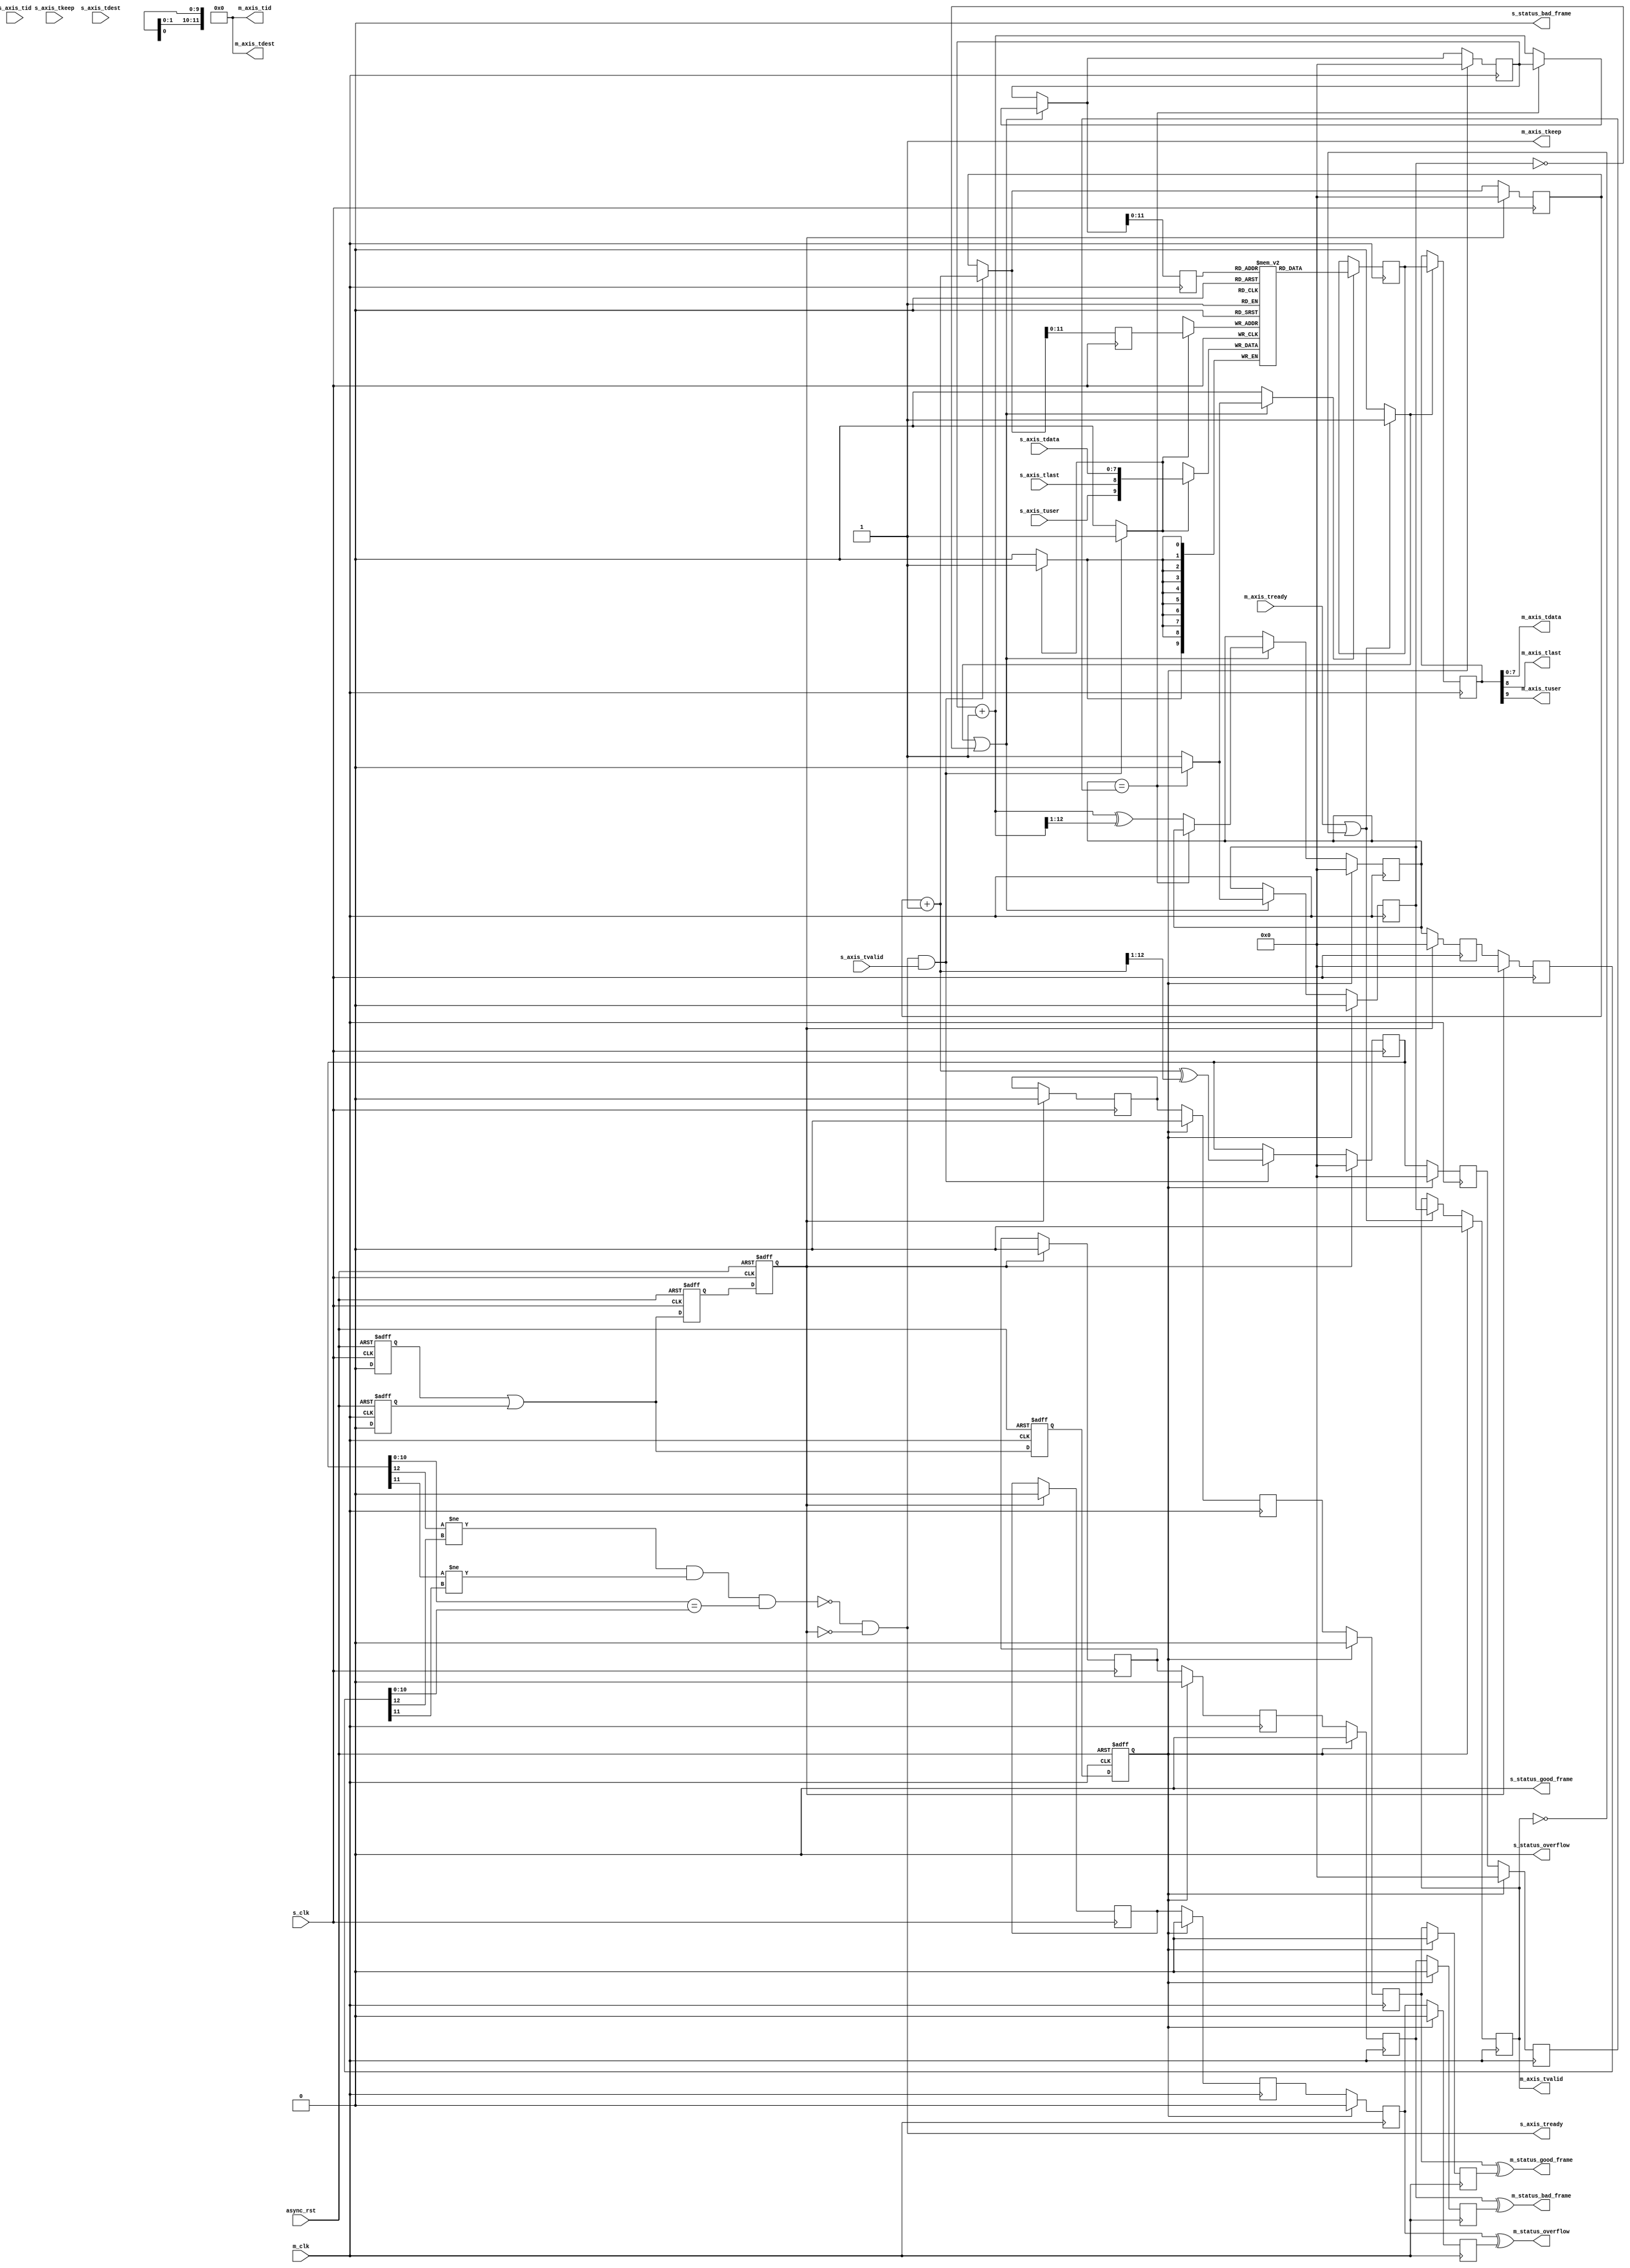
/*

Copyright (c) 2014-2018 Alex Forencich

Permission is hereby granted, free of charge, to any person obtaining a copy
of this software and associated documentation files (the "Software"), to deal
in the Software without restriction, including without limitation the rights
to use, copy, modify, merge, publish, distribute, sublicense, and/or sell
copies of the Software, and to permit persons to whom the Software is
furnished to do so, subject to the following conditions:

The above copyright notice and this permission notice shall be included in
all copies or substantial portions of the Software.

THE SOFTWARE IS PROVIDED "AS IS", WITHOUT WARRANTY OF ANY KIND, EXPRESS OR
IMPLIED, INCLUDING BUT NOT LIMITED TO THE WARRANTIES OF MERCHANTABILITY
FITNESS FOR A PARTICULAR PURPOSE AND NONINFRINGEMENT. IN NO EVENT SHALL THE
AUTHORS OR COPYRIGHT HOLDERS BE LIABLE FOR ANY CLAIM, DAMAGES OR OTHER
LIABILITY, WHETHER IN AN ACTION OF CONTRACT, TORT OR OTHERWISE, ARISING FROM,
OUT OF OR IN CONNECTION WITH THE SOFTWARE OR THE USE OR OTHER DEALINGS IN
THE SOFTWARE.

*/

// Language: Verilog 2001

`timescale 1ns / 1ps

/*
 * AXI4-Stream asynchronous FIFO
 */
module axis_async_fifo #
(
    // FIFO depth in words
    // KEEP_WIDTH words per cycle if KEEP_ENABLE set
    // Rounded up to nearest power of 2 cycles
    parameter DEPTH = 4096,
    // Width of AXI stream interfaces in bits
    parameter DATA_WIDTH = 8,
    // Propagate tkeep signal
    // If disabled, tkeep assumed to be 1'b1
    parameter KEEP_ENABLE = (DATA_WIDTH>8),
    // tkeep signal width (words per cycle)
    parameter KEEP_WIDTH = (DATA_WIDTH/8),
    // Propagate tlast signal
    parameter LAST_ENABLE = 1,
    // Propagate tid signal
    parameter ID_ENABLE = 0,
    // tid signal width
    parameter ID_WIDTH = 8,
    // Propagate tdest signal
    parameter DEST_ENABLE = 0,
    // tdest signal width
    parameter DEST_WIDTH = 8,
    // Propagate tuser signal
    parameter USER_ENABLE = 1,
    // tuser signal width
    parameter USER_WIDTH = 1,
    // Frame FIFO mode - operate on frames instead of cycles
    // When set, m_axis_tvalid will not be deasserted within a frame
    // Requires LAST_ENABLE set
    parameter FRAME_FIFO = 0,
    // tuser value for bad frame marker
    parameter USER_BAD_FRAME_VALUE = 1'b1,
    // tuser mask for bad frame marker
    parameter USER_BAD_FRAME_MASK = 1'b1,
    // Drop frames marked bad
    // Requires FRAME_FIFO set
    parameter DROP_BAD_FRAME = 0,
    // Drop incoming frames when full
    // When set, s_axis_tready is always asserted
    // Requires FRAME_FIFO set
    parameter DROP_WHEN_FULL = 0
)
(
    /*
     * Common asynchronous reset
     */
    input  wire                   async_rst,

    /*
     * AXI input
     */
    input  wire                   s_clk,
    input  wire [DATA_WIDTH-1:0]  s_axis_tdata,
    input  wire [KEEP_WIDTH-1:0]  s_axis_tkeep,
    input  wire                   s_axis_tvalid,
    output wire                   s_axis_tready,
    input  wire                   s_axis_tlast,
    input  wire [ID_WIDTH-1:0]    s_axis_tid,
    input  wire [DEST_WIDTH-1:0]  s_axis_tdest,
    input  wire [USER_WIDTH-1:0]  s_axis_tuser,

    /*
     * AXI output
     */
    input  wire                   m_clk,
    output wire [DATA_WIDTH-1:0]  m_axis_tdata,
    output wire [KEEP_WIDTH-1:0]  m_axis_tkeep,
    output wire                   m_axis_tvalid,
    input  wire                   m_axis_tready,
    output wire                   m_axis_tlast,
    output wire [ID_WIDTH-1:0]    m_axis_tid,
    output wire [DEST_WIDTH-1:0]  m_axis_tdest,
    output wire [USER_WIDTH-1:0]  m_axis_tuser,

    /*
     * Status
     */
    output wire                   s_status_overflow,
    output wire                   s_status_bad_frame,
    output wire                   s_status_good_frame,
    output wire                   m_status_overflow,
    output wire                   m_status_bad_frame,
    output wire                   m_status_good_frame
);

parameter ADDR_WIDTH = (KEEP_ENABLE && KEEP_WIDTH > 1) ? $clog2(DEPTH/KEEP_WIDTH) : $clog2(DEPTH);

// check configuration
initial begin
    if (FRAME_FIFO && !LAST_ENABLE) begin
        $error("Error: FRAME_FIFO set requires LAST_ENABLE set (instance %m)");
        $finish;
    end

    if (DROP_BAD_FRAME && !FRAME_FIFO) begin
        $error("Error: DROP_BAD_FRAME set requires FRAME_FIFO set (instance %m)");
        $finish;
    end

    if (DROP_WHEN_FULL && !FRAME_FIFO) begin
        $error("Error: DROP_WHEN_FULL set requires FRAME_FIFO set (instance %m)");
        $finish;
    end

    if (DROP_BAD_FRAME && (USER_BAD_FRAME_MASK & {USER_WIDTH{1'b1}}) == 0) begin
        $error("Error: Invalid USER_BAD_FRAME_MASK value (instance %m)");
        $finish;
    end
end

localparam KEEP_OFFSET = DATA_WIDTH;
localparam LAST_OFFSET = KEEP_OFFSET + (KEEP_ENABLE ? KEEP_WIDTH : 0);
localparam ID_OFFSET   = LAST_OFFSET + (LAST_ENABLE ? 1          : 0);
localparam DEST_OFFSET = ID_OFFSET   + (ID_ENABLE   ? ID_WIDTH   : 0);
localparam USER_OFFSET = DEST_OFFSET + (DEST_ENABLE ? DEST_WIDTH : 0);
localparam WIDTH       = USER_OFFSET + (USER_ENABLE ? USER_WIDTH : 0);

reg [ADDR_WIDTH:0] wr_ptr_reg = {ADDR_WIDTH+1{1'b0}}, wr_ptr_next;
reg [ADDR_WIDTH:0] wr_ptr_cur_reg = {ADDR_WIDTH+1{1'b0}}, wr_ptr_cur_next;
reg [ADDR_WIDTH:0] wr_ptr_gray_reg = {ADDR_WIDTH+1{1'b0}}, wr_ptr_gray_next;
reg [ADDR_WIDTH:0] wr_ptr_sync_gray_reg = {ADDR_WIDTH+1{1'b0}}, wr_ptr_sync_gray_next;
reg [ADDR_WIDTH:0] wr_ptr_cur_gray_reg = {ADDR_WIDTH+1{1'b0}}, wr_ptr_cur_gray_next;
reg [ADDR_WIDTH:0] wr_addr_reg = {ADDR_WIDTH+1{1'b0}};
reg [ADDR_WIDTH:0] rd_ptr_reg = {ADDR_WIDTH+1{1'b0}}, rd_ptr_next;
reg [ADDR_WIDTH:0] rd_ptr_gray_reg = {ADDR_WIDTH+1{1'b0}}, rd_ptr_gray_next;
reg [ADDR_WIDTH:0] rd_addr_reg = {ADDR_WIDTH+1{1'b0}};

reg [ADDR_WIDTH:0] wr_ptr_gray_sync1_reg = {ADDR_WIDTH+1{1'b0}};
reg [ADDR_WIDTH:0] wr_ptr_gray_sync2_reg = {ADDR_WIDTH+1{1'b0}};
reg [ADDR_WIDTH:0] rd_ptr_gray_sync1_reg = {ADDR_WIDTH+1{1'b0}};
reg [ADDR_WIDTH:0] rd_ptr_gray_sync2_reg = {ADDR_WIDTH+1{1'b0}};

reg wr_ptr_update_valid_reg = 1'b0, wr_ptr_update_valid_next;
reg wr_ptr_update_reg = 1'b0, wr_ptr_update_next;
reg wr_ptr_update_sync1_reg = 1'b0;
reg wr_ptr_update_sync2_reg = 1'b0;
reg wr_ptr_update_sync3_reg = 1'b0;
reg wr_ptr_update_ack_sync1_reg = 1'b0;
reg wr_ptr_update_ack_sync2_reg = 1'b0;

reg s_rst_sync1_reg = 1'b1;
reg s_rst_sync2_reg = 1'b1;
reg s_rst_sync3_reg = 1'b1;
reg m_rst_sync1_reg = 1'b1;
reg m_rst_sync2_reg = 1'b1;
reg m_rst_sync3_reg = 1'b1;

reg [WIDTH-1:0] mem[(2**ADDR_WIDTH)-1:0];
reg [WIDTH-1:0] mem_read_data_reg;
reg mem_read_data_valid_reg = 1'b0, mem_read_data_valid_next;

wire [WIDTH-1:0] s_axis;

reg [WIDTH-1:0] m_axis_reg;
reg m_axis_tvalid_reg = 1'b0, m_axis_tvalid_next;

// full when first TWO MSBs do NOT match, but rest matches
// (gray code equivalent of first MSB different but rest same)
wire full = ((wr_ptr_gray_reg[ADDR_WIDTH] != rd_ptr_gray_sync2_reg[ADDR_WIDTH]) &&
             (wr_ptr_gray_reg[ADDR_WIDTH-1] != rd_ptr_gray_sync2_reg[ADDR_WIDTH-1]) &&
             (wr_ptr_gray_reg[ADDR_WIDTH-2:0] == rd_ptr_gray_sync2_reg[ADDR_WIDTH-2:0]));
wire full_cur = ((wr_ptr_cur_gray_reg[ADDR_WIDTH] != rd_ptr_gray_sync2_reg[ADDR_WIDTH]) &&
                 (wr_ptr_cur_gray_reg[ADDR_WIDTH-1] != rd_ptr_gray_sync2_reg[ADDR_WIDTH-1]) &&
                 (wr_ptr_cur_gray_reg[ADDR_WIDTH-2:0] == rd_ptr_gray_sync2_reg[ADDR_WIDTH-2:0]));
// empty when pointers match exactly
wire empty = rd_ptr_gray_reg == (FRAME_FIFO ? wr_ptr_gray_sync1_reg : wr_ptr_gray_sync2_reg);
// overflow within packet
wire full_wr = ((wr_ptr_reg[ADDR_WIDTH] != wr_ptr_cur_reg[ADDR_WIDTH]) &&
                (wr_ptr_reg[ADDR_WIDTH-1:0] == wr_ptr_cur_reg[ADDR_WIDTH-1:0]));

// control signals
reg write;
reg read;
reg store_output;

reg drop_frame_reg = 1'b0, drop_frame_next;
reg overflow_reg = 1'b0, overflow_next;
reg bad_frame_reg = 1'b0, bad_frame_next;
reg good_frame_reg = 1'b0, good_frame_next;

reg overflow_sync1_reg = 1'b0;
reg overflow_sync2_reg = 1'b0;
reg overflow_sync3_reg = 1'b0;
reg overflow_sync4_reg = 1'b0;
reg bad_frame_sync1_reg = 1'b0;
reg bad_frame_sync2_reg = 1'b0;
reg bad_frame_sync3_reg = 1'b0;
reg bad_frame_sync4_reg = 1'b0;
reg good_frame_sync1_reg = 1'b0;
reg good_frame_sync2_reg = 1'b0;
reg good_frame_sync3_reg = 1'b0;
reg good_frame_sync4_reg = 1'b0;

assign s_axis_tready = (FRAME_FIFO ? (!full_cur || full_wr || DROP_WHEN_FULL) : !full) && !s_rst_sync3_reg;

generate
    assign s_axis[DATA_WIDTH-1:0] = s_axis_tdata;
    if (KEEP_ENABLE) assign s_axis[KEEP_OFFSET +: KEEP_WIDTH] = s_axis_tkeep;
    if (LAST_ENABLE) assign s_axis[LAST_OFFSET]               = s_axis_tlast;
    if (ID_ENABLE)   assign s_axis[ID_OFFSET   +: ID_WIDTH]   = s_axis_tid;
    if (DEST_ENABLE) assign s_axis[DEST_OFFSET +: DEST_WIDTH] = s_axis_tdest;
    if (USER_ENABLE) assign s_axis[USER_OFFSET +: USER_WIDTH] = s_axis_tuser;
endgenerate

assign m_axis_tvalid = m_axis_tvalid_reg;

assign m_axis_tdata = m_axis_reg[DATA_WIDTH-1:0];
assign m_axis_tkeep = KEEP_ENABLE ? m_axis_reg[KEEP_OFFSET +: KEEP_WIDTH] : {KEEP_WIDTH{1'b1}};
assign m_axis_tlast = LAST_ENABLE ? m_axis_reg[LAST_OFFSET]               : 1'b1;
assign m_axis_tid   = ID_ENABLE   ? m_axis_reg[ID_OFFSET   +: ID_WIDTH]   : {ID_WIDTH{1'b0}};
assign m_axis_tdest = DEST_ENABLE ? m_axis_reg[DEST_OFFSET +: DEST_WIDTH] : {DEST_WIDTH{1'b0}};
assign m_axis_tuser = USER_ENABLE ? m_axis_reg[USER_OFFSET +: USER_WIDTH] : {USER_WIDTH{1'b0}};

assign s_status_overflow = overflow_reg;
assign s_status_bad_frame = bad_frame_reg;
assign s_status_good_frame = good_frame_reg;

assign m_status_overflow = overflow_sync3_reg ^ overflow_sync4_reg;
assign m_status_bad_frame = bad_frame_sync3_reg ^ bad_frame_sync4_reg;
assign m_status_good_frame = good_frame_sync3_reg ^ good_frame_sync4_reg;

// reset synchronization
always @(posedge s_clk or posedge async_rst) begin
    if (async_rst) begin
        s_rst_sync1_reg <= 1'b1;
        s_rst_sync2_reg <= 1'b1;
        s_rst_sync3_reg <= 1'b1;
    end else begin
        s_rst_sync1_reg <= 1'b0;
        s_rst_sync2_reg <= s_rst_sync1_reg || m_rst_sync1_reg;
        s_rst_sync3_reg <= s_rst_sync2_reg;
    end
end

always @(posedge m_clk or posedge async_rst) begin
    if (async_rst) begin
        m_rst_sync1_reg <= 1'b1;
        m_rst_sync2_reg <= 1'b1;
        m_rst_sync3_reg <= 1'b1;
    end else begin
        m_rst_sync1_reg <= 1'b0;
        m_rst_sync2_reg <= s_rst_sync1_reg || m_rst_sync1_reg;
        m_rst_sync3_reg <= m_rst_sync2_reg;
    end
end

// Write logic
always @* begin
    write = 1'b0;

    drop_frame_next = drop_frame_reg;
    overflow_next = 1'b0;
    bad_frame_next = 1'b0;
    good_frame_next = 1'b0;

    wr_ptr_next = wr_ptr_reg;
    wr_ptr_cur_next = wr_ptr_cur_reg;
    wr_ptr_gray_next = wr_ptr_gray_reg;
    wr_ptr_sync_gray_next = wr_ptr_sync_gray_reg;
    wr_ptr_cur_gray_next = wr_ptr_cur_gray_reg;

    wr_ptr_update_valid_next = wr_ptr_update_valid_reg;
    wr_ptr_update_next = wr_ptr_update_reg;

    if (FRAME_FIFO && wr_ptr_update_valid_reg) begin
        // have updated pointer to sync
        if (wr_ptr_update_next == wr_ptr_update_ack_sync2_reg) begin
            // no sync in progress; sync update
            wr_ptr_update_valid_next = 1'b0;
            wr_ptr_sync_gray_next = wr_ptr_gray_reg;
            wr_ptr_update_next = !wr_ptr_update_ack_sync2_reg;
        end
    end

    if (s_axis_tready && s_axis_tvalid) begin
        // transfer in
        if (!FRAME_FIFO) begin
            // normal FIFO mode
            write = 1'b1;
            wr_ptr_next = wr_ptr_reg + 1;
            wr_ptr_gray_next = wr_ptr_next ^ (wr_ptr_next >> 1);
        end else if (full_cur || full_wr || drop_frame_reg) begin
            // full, packet overflow, or currently dropping frame
            // drop frame
            drop_frame_next = 1'b1;
            if (s_axis_tlast) begin
                // end of frame, reset write pointer
                wr_ptr_cur_next = wr_ptr_reg;
                wr_ptr_cur_gray_next = wr_ptr_cur_next ^ (wr_ptr_cur_next >> 1);
                drop_frame_next = 1'b0;
                overflow_next = 1'b1;
            end
        end else begin
            write = 1'b1;
            wr_ptr_cur_next = wr_ptr_cur_reg + 1;
            wr_ptr_cur_gray_next = wr_ptr_cur_next ^ (wr_ptr_cur_next >> 1);
            if (s_axis_tlast) begin
                // end of frame
                if (DROP_BAD_FRAME && USER_BAD_FRAME_MASK & ~(s_axis_tuser ^ USER_BAD_FRAME_VALUE)) begin
                    // bad packet, reset write pointer
                    wr_ptr_cur_next = wr_ptr_reg;
                    wr_ptr_cur_gray_next = wr_ptr_cur_next ^ (wr_ptr_cur_next >> 1);
                    bad_frame_next = 1'b1;
                end else begin
                    // good packet, update write pointer
                    wr_ptr_next = wr_ptr_cur_reg + 1;
                    wr_ptr_gray_next = wr_ptr_next ^ (wr_ptr_next >> 1);

                    if (wr_ptr_update_next == wr_ptr_update_ack_sync2_reg) begin
                        // no sync in progress; sync update
                        wr_ptr_update_valid_next = 1'b0;
                        wr_ptr_sync_gray_next = wr_ptr_gray_next;
                        wr_ptr_update_next = !wr_ptr_update_ack_sync2_reg;
                    end else begin
                        // sync in progress; flag it for later
                        wr_ptr_update_valid_next = 1'b1;
                    end

                    good_frame_next = 1'b1;
                end
            end
        end
    end
end

always @(posedge s_clk) begin
    if (s_rst_sync3_reg) begin
        wr_ptr_reg <= {ADDR_WIDTH+1{1'b0}};
        wr_ptr_cur_reg <= {ADDR_WIDTH+1{1'b0}};
        wr_ptr_gray_reg <= {ADDR_WIDTH+1{1'b0}};
        wr_ptr_sync_gray_reg <= {ADDR_WIDTH+1{1'b0}};
        wr_ptr_cur_gray_reg <= {ADDR_WIDTH+1{1'b0}};

        wr_ptr_update_valid_reg <= 1'b0;
        wr_ptr_update_reg <= 1'b0;

        drop_frame_reg <= 1'b0;
        overflow_reg <= 1'b0;
        bad_frame_reg <= 1'b0;
        good_frame_reg <= 1'b0;
    end else begin
        wr_ptr_reg <= wr_ptr_next;
        wr_ptr_cur_reg <= wr_ptr_cur_next;
        wr_ptr_gray_reg <= wr_ptr_gray_next;
        wr_ptr_sync_gray_reg <= wr_ptr_sync_gray_next;
        wr_ptr_cur_gray_reg <= wr_ptr_cur_gray_next;

        wr_ptr_update_valid_reg <= wr_ptr_update_valid_next;
        wr_ptr_update_reg <= wr_ptr_update_next;

        drop_frame_reg <= drop_frame_next;
        overflow_reg <= overflow_next;
        bad_frame_reg <= bad_frame_next;
        good_frame_reg <= good_frame_next;
    end

    if (FRAME_FIFO) begin
        wr_addr_reg <= wr_ptr_cur_next;
    end else begin
        wr_addr_reg <= wr_ptr_next;
    end

    if (write) begin
        mem[wr_addr_reg[ADDR_WIDTH-1:0]] <= s_axis;
    end
end

// pointer synchronization
always @(posedge s_clk) begin
    if (s_rst_sync3_reg) begin
        rd_ptr_gray_sync1_reg <= {ADDR_WIDTH+1{1'b0}};
        rd_ptr_gray_sync2_reg <= {ADDR_WIDTH+1{1'b0}};
        wr_ptr_update_ack_sync1_reg <= 1'b0;
        wr_ptr_update_ack_sync2_reg <= 1'b0;
    end else begin
        rd_ptr_gray_sync1_reg <= rd_ptr_gray_reg;
        rd_ptr_gray_sync2_reg <= rd_ptr_gray_sync1_reg;
        wr_ptr_update_ack_sync1_reg <= wr_ptr_update_sync3_reg;
        wr_ptr_update_ack_sync2_reg <= wr_ptr_update_ack_sync1_reg;
    end
end

always @(posedge m_clk) begin
    if (m_rst_sync3_reg) begin
        wr_ptr_gray_sync1_reg <= {ADDR_WIDTH+1{1'b0}};
        wr_ptr_gray_sync2_reg <= {ADDR_WIDTH+1{1'b0}};
        wr_ptr_update_sync1_reg <= 1'b0;
        wr_ptr_update_sync2_reg <= 1'b0;
        wr_ptr_update_sync3_reg <= 1'b0;
    end else begin
        if (!FRAME_FIFO) begin
            wr_ptr_gray_sync1_reg <= wr_ptr_gray_reg;
        end else if (wr_ptr_update_sync2_reg ^ wr_ptr_update_sync3_reg) begin
            wr_ptr_gray_sync1_reg <= wr_ptr_sync_gray_reg;
        end
        wr_ptr_gray_sync2_reg <= wr_ptr_gray_sync1_reg;
        wr_ptr_update_sync1_reg <= wr_ptr_update_reg;
        wr_ptr_update_sync2_reg <= wr_ptr_update_sync1_reg;
        wr_ptr_update_sync3_reg <= wr_ptr_update_sync2_reg;
    end
end

// status synchronization
always @(posedge s_clk) begin
    if (s_rst_sync3_reg) begin
        overflow_sync1_reg <= 1'b0;
        bad_frame_sync1_reg <= 1'b0;
        good_frame_sync1_reg <= 1'b0;
    end else begin
        overflow_sync1_reg <= overflow_sync1_reg ^ overflow_reg;
        bad_frame_sync1_reg <= bad_frame_sync1_reg ^ bad_frame_reg;
        good_frame_sync1_reg <= good_frame_sync1_reg ^ good_frame_reg;
    end
end

always @(posedge m_clk) begin
    if (m_rst_sync3_reg) begin
        overflow_sync2_reg <= 1'b0;
        overflow_sync3_reg <= 1'b0;
        overflow_sync4_reg <= 1'b0;
        bad_frame_sync2_reg <= 1'b0;
        bad_frame_sync3_reg <= 1'b0;
        bad_frame_sync4_reg <= 1'b0;
        good_frame_sync2_reg <= 1'b0;
        good_frame_sync3_reg <= 1'b0;
        good_frame_sync4_reg <= 1'b0;
    end else begin
        overflow_sync2_reg <= overflow_sync1_reg;
        overflow_sync3_reg <= overflow_sync2_reg;
        overflow_sync4_reg <= overflow_sync3_reg;
        bad_frame_sync2_reg <= bad_frame_sync1_reg;
        bad_frame_sync3_reg <= bad_frame_sync2_reg;
        bad_frame_sync4_reg <= bad_frame_sync3_reg;
        good_frame_sync2_reg <= good_frame_sync1_reg;
        good_frame_sync3_reg <= good_frame_sync2_reg;
        good_frame_sync4_reg <= good_frame_sync3_reg;
    end
end

// Read logic
always @* begin
    read = 1'b0;

    rd_ptr_next = rd_ptr_reg;
    rd_ptr_gray_next = rd_ptr_gray_reg;

    mem_read_data_valid_next = mem_read_data_valid_reg;

    if (store_output || !mem_read_data_valid_reg) begin
        // output data not valid OR currently being transferred
        if (!empty) begin
            // not empty, perform read
            read = 1'b1;
            mem_read_data_valid_next = 1'b1;
            rd_ptr_next = rd_ptr_reg + 1;
            rd_ptr_gray_next = rd_ptr_next ^ (rd_ptr_next >> 1);
        end else begin
            // empty, invalidate
            mem_read_data_valid_next = 1'b0;
        end
    end
end

always @(posedge m_clk) begin
    if (m_rst_sync3_reg) begin
        rd_ptr_reg <= {ADDR_WIDTH+1{1'b0}};
        rd_ptr_gray_reg <= {ADDR_WIDTH+1{1'b0}};
        mem_read_data_valid_reg <= 1'b0;
    end else begin
        rd_ptr_reg <= rd_ptr_next;
        rd_ptr_gray_reg <= rd_ptr_gray_next;
        mem_read_data_valid_reg <= mem_read_data_valid_next;
    end

    rd_addr_reg <= rd_ptr_next;

    if (read) begin
        mem_read_data_reg <= mem[rd_addr_reg[ADDR_WIDTH-1:0]];
    end
end

// Output register
always @* begin
    store_output = 1'b0;

    m_axis_tvalid_next = m_axis_tvalid_reg;

    if (m_axis_tready || !m_axis_tvalid) begin
        store_output = 1'b1;
        m_axis_tvalid_next = mem_read_data_valid_reg;
    end
end

always @(posedge m_clk) begin
    if (m_rst_sync3_reg) begin
        m_axis_tvalid_reg <= 1'b0;
    end else begin
        m_axis_tvalid_reg <= m_axis_tvalid_next;
    end

    if (store_output) begin
        m_axis_reg <= mem_read_data_reg;
    end
end

endmodule